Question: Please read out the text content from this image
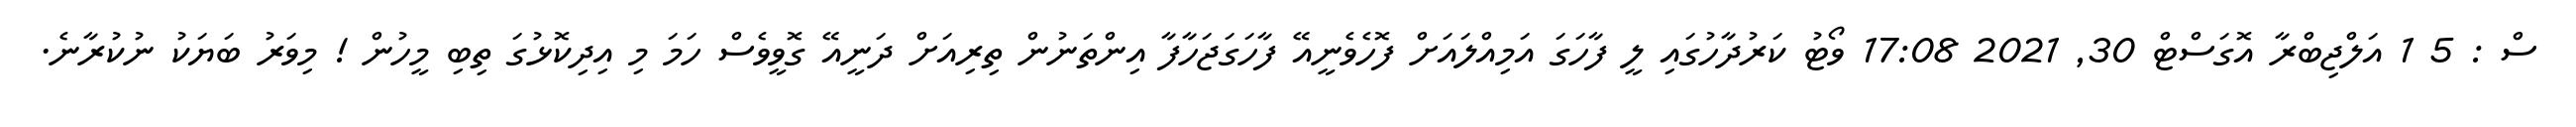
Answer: ސް : 5 1 އަލްޖިބްރާ އޮގަސްޓް 30, 2021 17:08 ވޯޓު ކަރުދާހުގައި ލީ ފާހަގަ އަމިއްލައަށް ފޮހެވެނީއޭ ފާހަގަޖަހާފާ އިންތަނުން ތިރިއަށް ދަނީއޭ ގޮވީވެސް ހަމަ މި އިދިކޮޅުގަ ތިބި މީހުން ! މިވަރު ބަޔަކު ނުކުރާނެ.